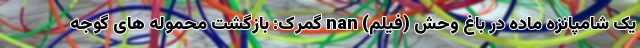
یک شامپانزه ماده در باغ وحش (فیلم) nan گمرک: بازگشت محموله های گوجه